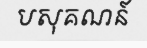
បសុគណន៍